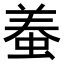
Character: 𧌶